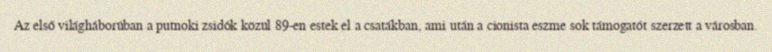
Az első világháborúban a putnoki zsidók közül 89-en estek el a csatákban, ami után a cionista eszme sok támogatót szerzett a városban.